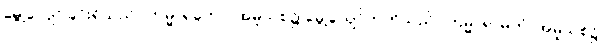
မွေ့လျော်ခြင်းရှိသည်။ ကမ္မာရတော၊ အမူသစ်၌ မွေ့လျော်တတ်သည်။ ကမ္မာရာမတံ၊ အမူသစ်၌